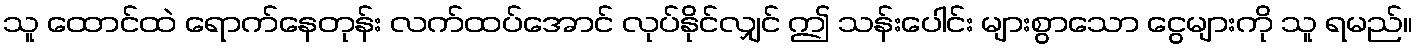
သူ ထောင်ထဲ ရောက်နေတုန်း လက်ထပ်အောင် လုပ်နိုင်လျှင် ဤ သန်းပေါင်း များစွာသော ငွေများကို သူ ရမည်။